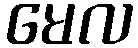
မေလ